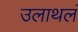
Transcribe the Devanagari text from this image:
उलाथलं